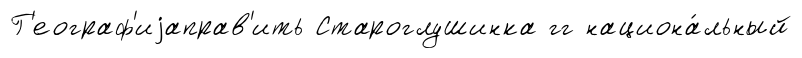
Г'еограф'иjаправ'ить Староглушинка гг национа́льный